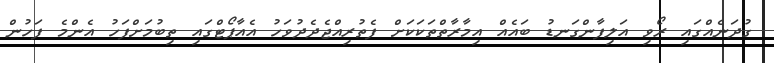
ގުދަނެއްގައި ރޯވި އަލިފާންގަނޑު ބައެއް އިމާރާތްތަކަކަށް ފެތުރިއްޖެދެދުވަހު އެއާޕޯޓްގައި ތިބުމަށްފަހު އެންމެ ފަހުން